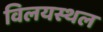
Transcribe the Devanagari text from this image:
विलयस्थल